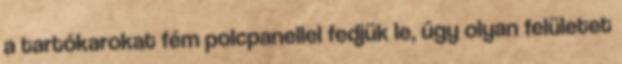
a tartókarokat fém polcpanellel fedjük le, úgy olyan felületet